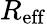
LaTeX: R_{\mathrm{eff}}